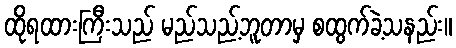
ထိုရထားကြီးသည် မည်သည့်ဘူတာမှ စထွက်ခဲ့သနည်း။